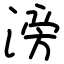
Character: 滂